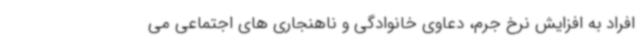
افراد به افزایش نرخ جرم، دعاوی خانوادگی و ناهنجاری های اجتماعی می